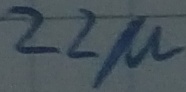
Text: 22µ